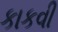
કાકવી